Indian journal of veterinary science and animal husbandry - Volume 14,
Year: 1944
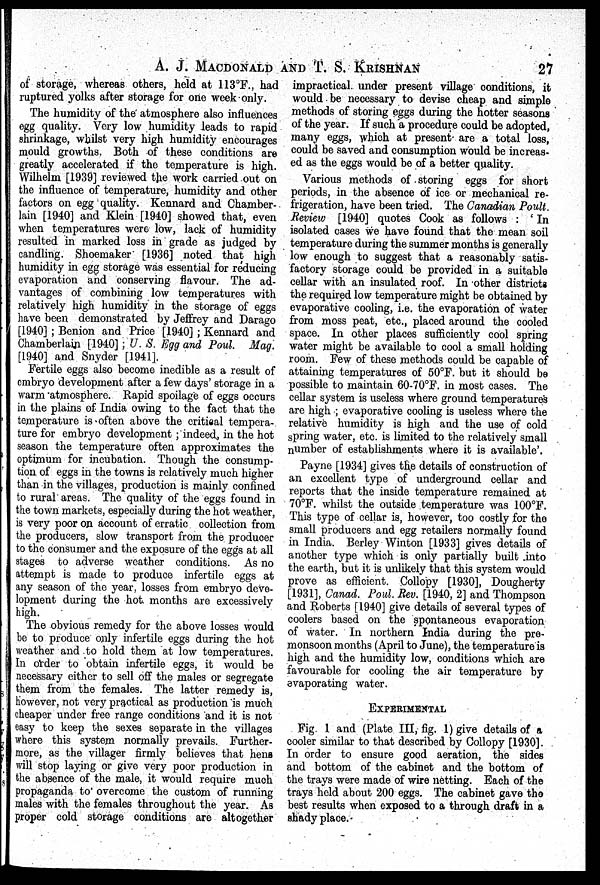
A. J. MACDONALD AND T. S. KRISHNAN 27
of storage, whereas others, held at 113°F., had
ruptured yolks after storage for one week only.
The humidity of the atmosphere also influences
egg quality. Very low humidity leads to rapid
shrinkage, whilst very high humidity encourages
mould growths. Both of these conditions are
greatly accelerated if the temperature is high.
Wilhelm [1939] reviewed the work carried out on
the influence of temperature, humidity and other
factors on egg quality. Kennard and Chamber-
lain [1940] and Klein [1940] showed that, even
when temperatures were low, lack of humidity
resulted in marked loss in grade as judged by
candling. Shoemaker [1936] noted that high
humidity in egg storage was essential for reducing
evaporation and conserving flavour. The ad-
vantages of combining low temperatures with
relatively high humidity in the storage of eggs
have been demonstrated by Jeffrey and Darago
[1940]; Benion and Price [1940]; Kennard and
Chamberlain [1940]; U. S. Egg and Poul. Mag.
[1940] and Snyder [1941].
Fertile eggs also become inedible as a result of
embryo development after a few days' storage in a
warm atmosphere. Rapid spoilage of eggs occurs
in the plains of India owing to the fact that the
temperature is often above the critical tempera-
ture for embryo development; indeed, in the hot
season the temperature often approximates the
optimum for incubation. Though the consump-
tion of eggs in the towns is relatively much higher
than in the villages, production is mainly confined
to rural areas. The quality of the eggs found in
the town markets, especially during the hot weather,
is very poor on account of erratic collection from
the producers, slow transport from the producer
to the consumer and the exposure of the eggs at all
stages to adverse weather conditions. As no
attempt is made to produce infertile eggs at
any season of the year, losses from embryo deve-
lopment during the hot months are excessively
high.
The obvious remedy for the above losses would
be to produce only infertile eggs during the hot
weather and to hold them at low temperatures.
In order to obtain infertile eggs, it would be
necessary either to sell off the males or segregate
them from the females. The latter remedy is,
however, not very practical as production is much
cheaper under free range conditions and it is not
easy to keep the sexes separate in the villages
where this system normally prevails. Further-
more, as the villager firmly believes that hens
will stop laying or give very poor production in
the absence of the male, it would require much
propaganda to overcome the custom of running
males with the females throughout the year. As
proper cold storage conditions are altogether
impractical under present village conditions, it
would be necessary to devise cheap and simple
methods of storing eggs during the hotter seasons
of the year. If such a procedure could be adopted,
many eggs, which at present are a total loss,
could be saved and consumption would be increas-
ed as the eggs would be of a better quality.
Various methods of storing eggs for short
periods, in the absence of ice or mechanical re-
frigeration, have been tried. The Canadian Poult.
Review [1940] quotes Cook as follows: 'In
isolated cases we have found that the mean soil
temperature during the summer months is generally
low enough to suggest that a reasonably satis-
factory storage could be provided in a suitable
cellar with an insulated roof. In other districts
the required low temperature might be obtained by
evaporative cooling, i.e. the evaporation of water
from moss peat, etc., placed around the cooled
space. In other places sufficiently cool spring
water might be available to cool a small holding
room. Few of these methods could be capable of
attaining temperatures of 50°F. but it should be
possible to maintain 60-70°F. in most cases. The
cellar system is useless where ground temperatures
are high; evaporative cooling is useless where the
relative humidity is high and the use of cold
spring water, etc. is limited to the relatively small
number of establishments where it is available'.
Payne [1934] gives the details of construction of
an excellent type of underground cellar and
reports that the inside temperature remained at
70°F. whilst the outside temperature was 100°F.
This type of cellar is, however, too costly for the
small producers and egg retailers normally found
in India. Berley Winton [1933] gives details of
another type which is only partially built into
the earth, but it is unlikely that this system would
prove as efficient. Collopy [1930], Dougherty
[1931], Canad. Poul. Rev. [1940, 2] and Thompson
and Roberts [1940] give details of several types of
coolers based on the spontaneous evaporation
of water. In northern India during the pre-
monsoon months (April to June), the temperature is
high and the humidity low, conditions which are
favourable for cooling the air temperature by
evaporating water.
EXPERIMENTAL
Fig. 1 and (Plate III, fig. 1) give details of a
cooler similar to that described by Collopy [1930].
In order to ensure good aeration, the sides
and bottom of the cabinet and the bottom of
the trays were made of wire netting. Each of the
trays held about 200 eggs. The cabinet gave the
best results when exposed to a through draft in a
shady place.